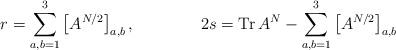
\begin{align*}r=\sum_{a,b=1}^3 \left[A^{N/2}\right]_{a,b},\qquad\qquad2s=\mbox{Tr}\,A^{N}-\sum_{a,b=1}^3 \left[A^{N/2}\right]_{a,b}\end{align*}